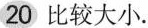
20 比较大小.